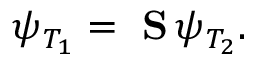
\psi _ { T _ { 1 } } = \mathrm { { \bf ~ S } } \, \psi _ { T _ { 2 } } .